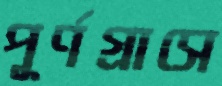
পূর্ণগ্রাসে